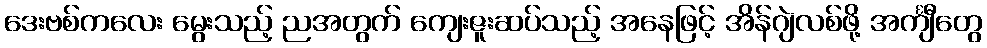
ဒေးဗစ်ကလေး မွေးသည့် ညအတွက် ကျေးဇူးဆပ်သည့် အနေဖြင့် အိန်ဂျဲလစ်ဖို့ အင်္ကျီတွေ